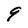
Character: 9